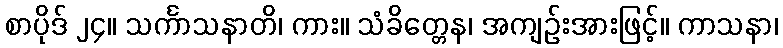
စာပိုဒ် ၂၄။ သင်္ကာသနာတိ၊ ကား။ သံခိတ္တေန၊ အကျဉ်းအားဖြင့်။ ကာသနာ၊